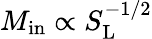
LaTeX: M_{\mathrm{{in}}}\propto S_{\mathrm{{L}}}^{-1/2}